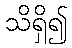
သိရှိ၍